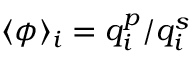
\langle \phi \rangle _ { i } = q _ { i } ^ { p } / q _ { i } ^ { s }